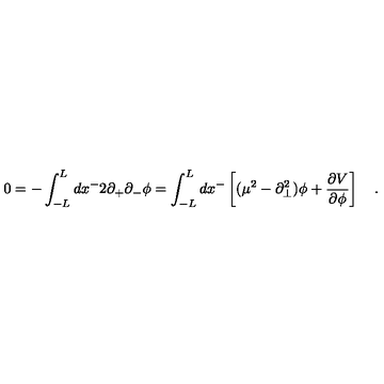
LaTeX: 0 = - \int _ { - L } ^ { L } d x ^ { - } 2 \partial _ { + } \partial _ { - } \phi = \int _ { - L } ^ { L } d x ^ { - } \left[ ( \mu ^ { 2 } - \partial _ { \bot } ^ { 2 } ) \phi + \frac { \partial V } { \partial \phi } \right] \quad .